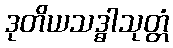
ဒုတိယသဒ္ဓါသုတ္တံ